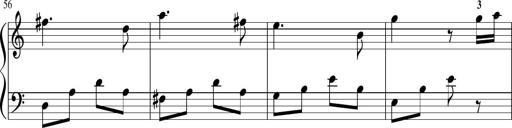
Title: Sonatina in G major
Composer: Friedrich Kuhlau
Key: G major